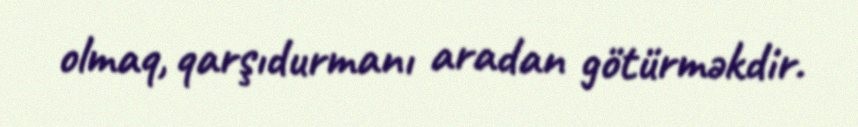
olmaq, qarşıdurmanı aradan götürməkdir.